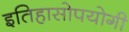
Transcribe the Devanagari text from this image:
इतिहासोपयोगी